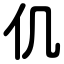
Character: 仉